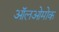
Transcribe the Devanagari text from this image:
ऑलओमोक